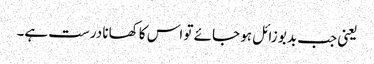
یعنی جب بدبو زائل ہو جائے تو اس کا کھانا درست ہے۔